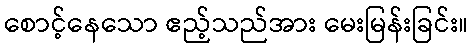
စောင့်နေသော ဧည့်သည်အား မေးမြန်းခြင်း။